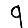
Digit: 9